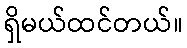
ရှိမယ်ထင်တယ်။